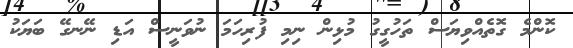
ކޮންމެ ގޮތެއްވިޔަސް ތަހުގީގު މުޅިން ނިމި ފުރިހަމަ ނުވަނީސް އަޑި ނޭނގޭ ބަޔަކު